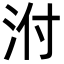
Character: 泭